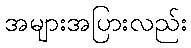
အများအပြားလည်း